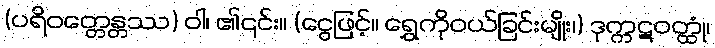
(ပရိဝတ္တေန္တဿ) ဝါ၊ ၏၎င်း။ (ငွေဖြင့်။ ရွှေကိုဝယ်ခြင်းမျိုး၊) ဒုက္ကဋဝတ္ထုံ၊